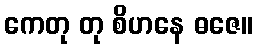
ကေတု တု စိဟနေ ဓဇေ။